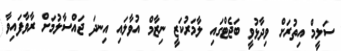
ސަލީމް އިތުރަށް ވިދާޅުވީ ބަޖެޓްގައި ލާމަރުކަޒީ ނިޒާމް އުވާލައި އިނދަ ޖައްސާލުމަށް ރާވާފައިވާ